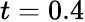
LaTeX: t=0.4